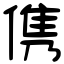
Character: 㑺